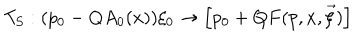
T _ { S } : ( p _ { 0 } - Q A _ { 0 } ( x ) ) \xi _ { 0 } \rightarrow \Big [ p _ { 0 } + Q F ( p , x , \vec { \xi } ) \Big ]